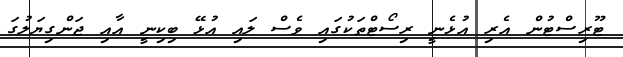
ޓޫރިސްޓުން އެެރި އުޅެނީ ރިސޯޓްތަކުގައި ވެސް ލައި އުޅޭ ބިކިނީ އާއި ޖަންގިޔަލުގަ